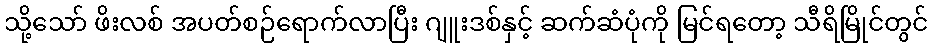
သို့သော် ဖိးလစ် အပတ်စဉ်ရောက်လာပြီး ဂျူးဒစ်နှင့် ဆက်ဆံပုံကို မြင်ရတော့ သီရိမြိုင်တွင်